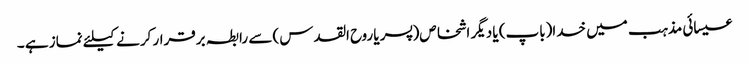
عیسائی مذہب میں خدا(باپ) یا دیگر اشخاص(پسر یا روح القدس) سے رابطہ برقرار کرنے کیلئے نماز ہے ۔